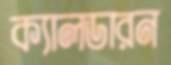
ক্যালডারন